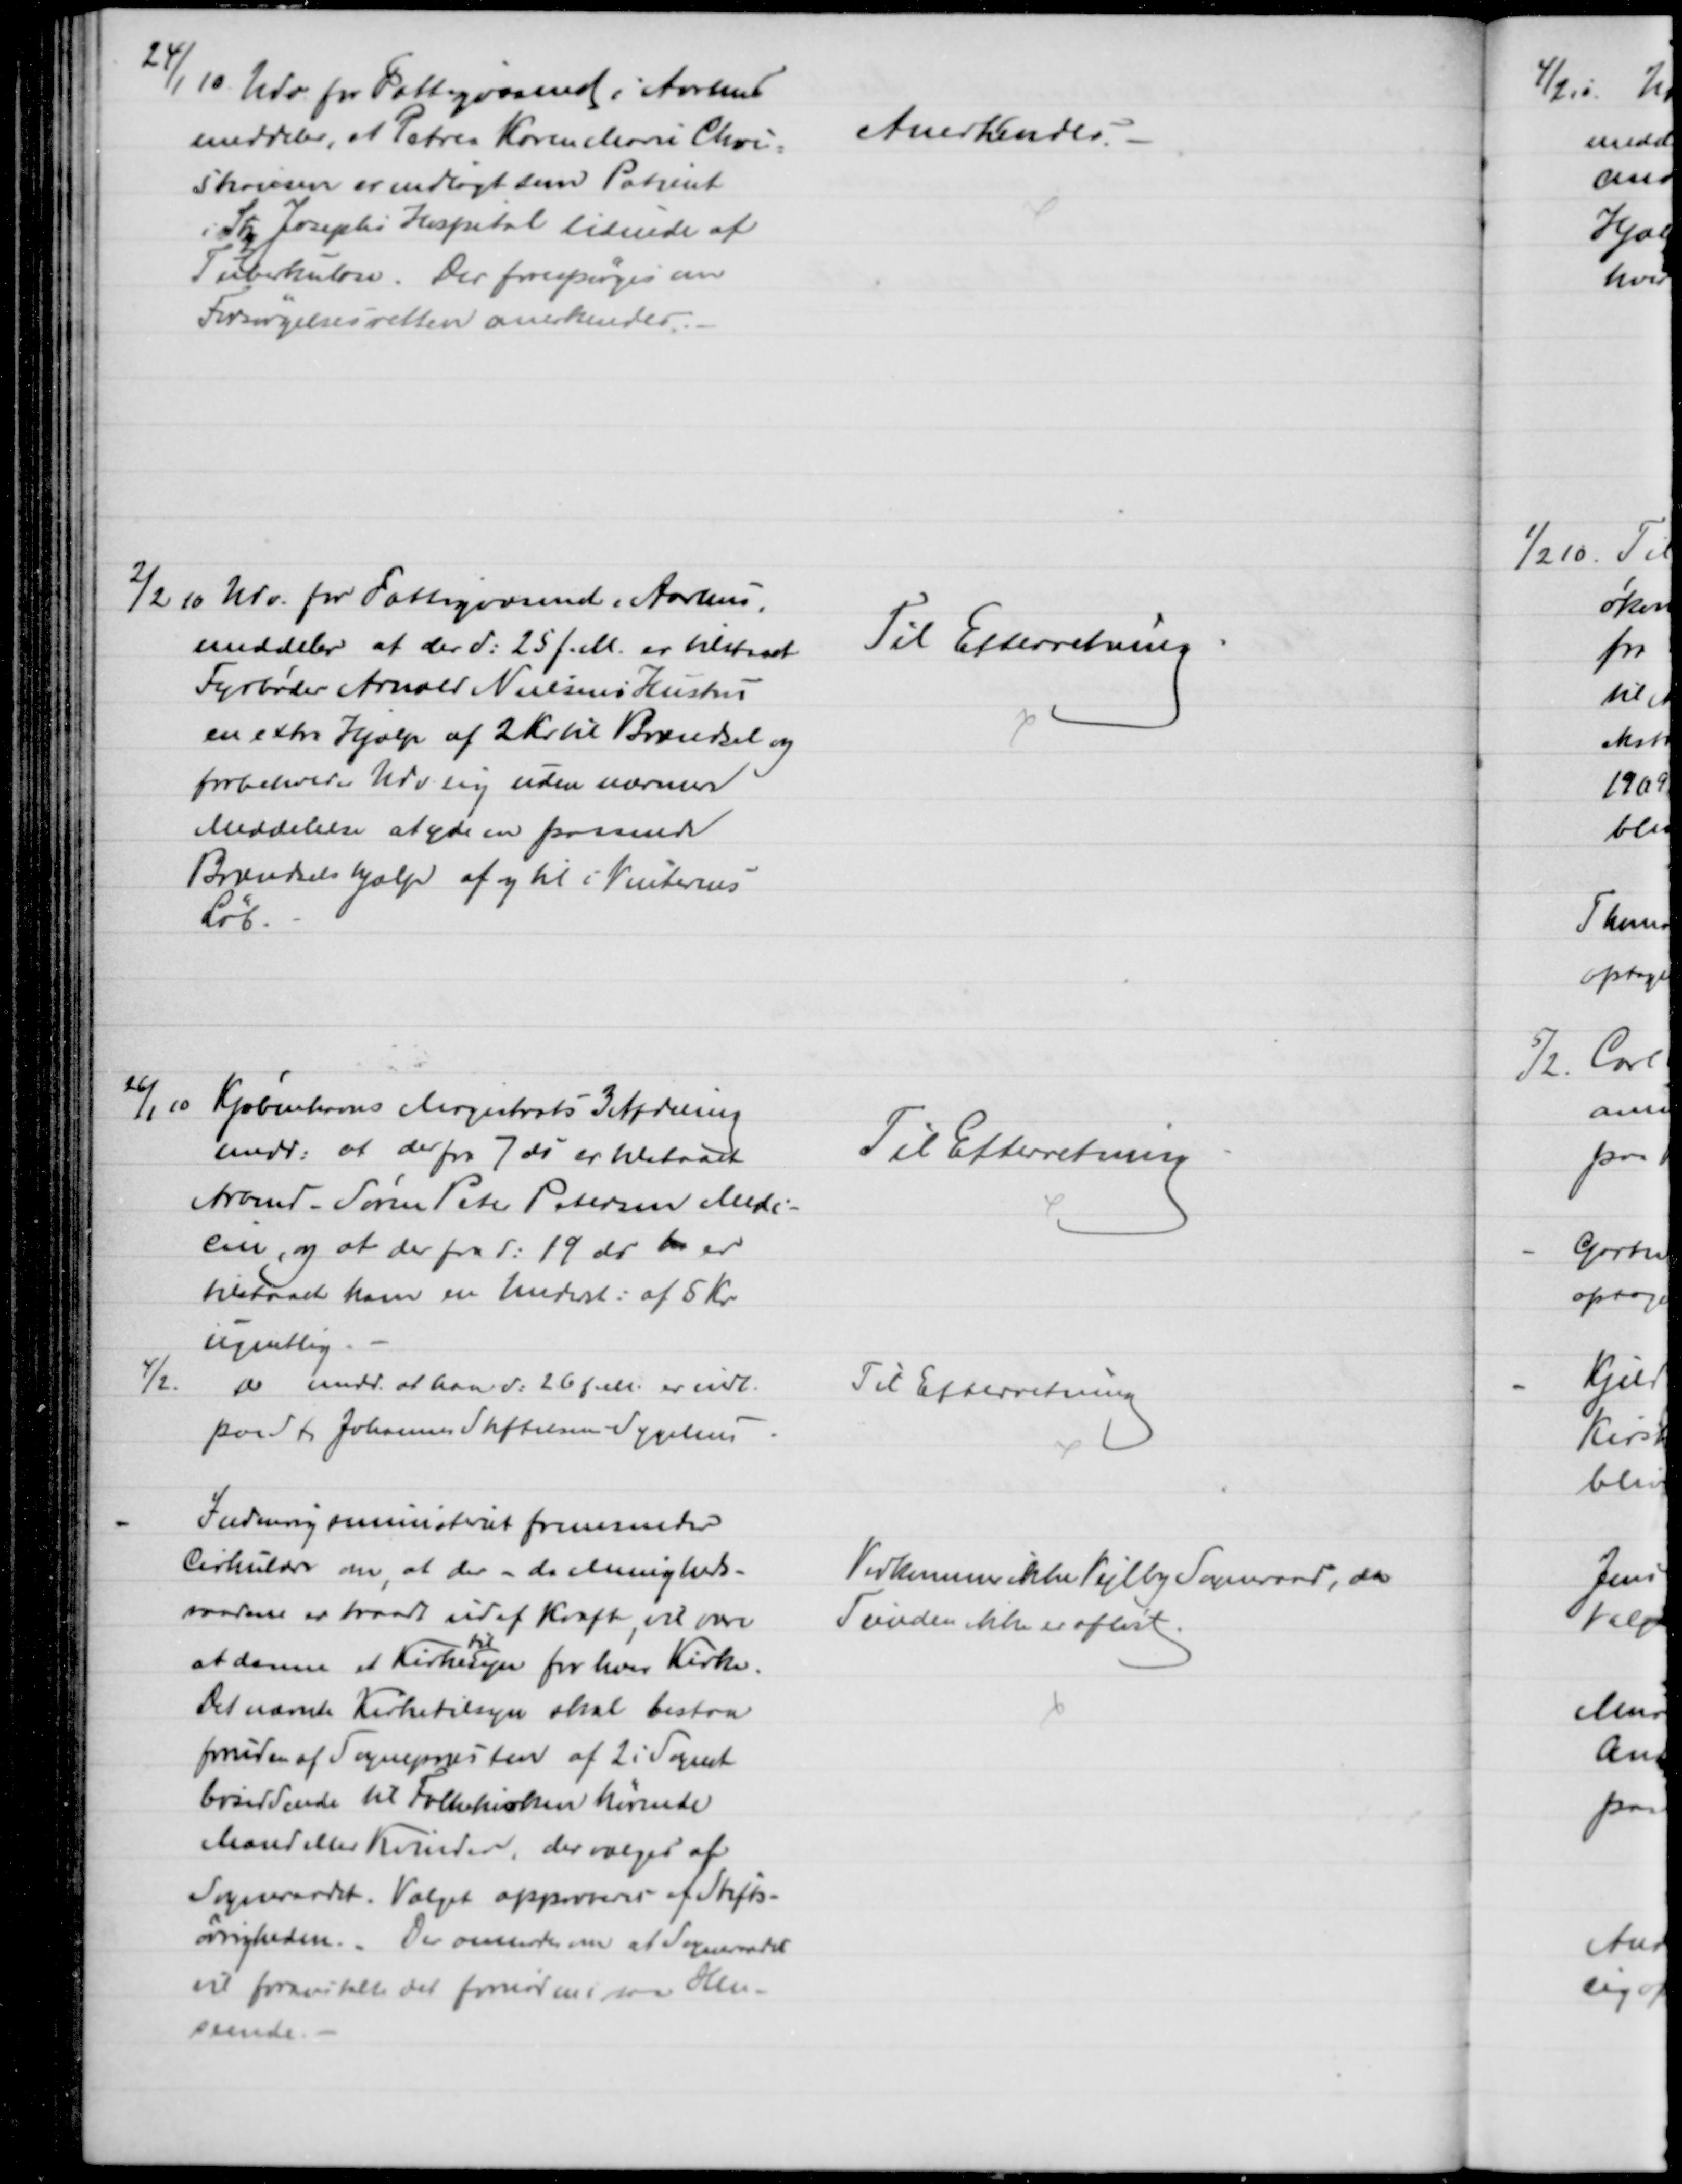
Transskription:
24/1 10. Udv. for Fattigvæsenet i Aarhus
meddeler, at Petrea Karen Marie Chri=
stiansen er indlagt som Patient
i Skt. Josephs Hospital lidende af
Tuberkulose. Der forespørges om
Forsørgelsesretten anerkendes.
Anerkendes.
2/2 10 Udv. for Fattigvæsenet i Aarhus.
meddeler at der d: 25 f. M. er tilstaaet
Fyrbøder Arnold Nielsens Hustru
en extra Hjælp af 2 Kr til Brændsel og
forbeholder Udv. sig uden nærmere
Meddelelse at yde en passende
Brændselshjælp af og til i Vinterens
Løb.
Til Efterretning
26/1 10 Kjøbenhavns Magistrats 3 Afdeling
medd: at der fra 7 ds er tilstaaet
Arbmd. Søren Peter Petersen Medi-
cen, og at der fra d: 19 ds ha er
tilstaaet ham en Underst: af 5 Kr.
ugentlig
Til Efterretning
4/2.
Do medd. at han d: 26 f.M. er indl.
paa St. Johannes Stiftelsen Sygehus
Til Efterretning
Indenrigsministeriet fremsender
Cirkulære om, at der - da Menigheds-
raadene er traadt ud af Kraft, vil være
at danne et Kirke
til
syn for hver Kirke.
Det nævnte Kirketilsyn skal bestaa
foruden af Sognepræsten af 2 i Sognet
bosiddende til Folkekirken hørende
Mænd eller Kvinder, der vælges af
Sogneraadet. Valget approveres af Stifts-
øvrigheden. De anmoder om at Sogneraadet
vil foranstalte det fornødne i saa Hen-
seende.
Vedkommer ikke Vejlby Sogneraad, da
Tienden ikke er afløst.